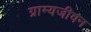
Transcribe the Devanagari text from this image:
ग्राम्यजीवन